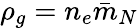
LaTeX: \rho_{g}=n_{e}\bar{m}_{N}